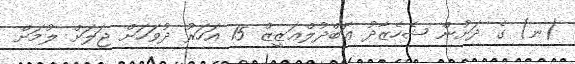
(ނ) ގެ ދަށުން ޝެހެޒާދު ޢަބްދުލްޢަޒީޒް 15 އަހަރު ދުވަހަށް ޖަލަށް ލުމަށް